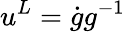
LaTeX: u^{L}=\dot{g}g^{-1}